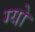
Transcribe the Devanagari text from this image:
ग्यो